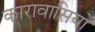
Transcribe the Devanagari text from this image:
कारावासियों